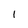
Character: l